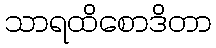
သာရထိစောဒိတာ